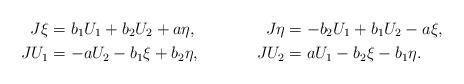
LaTeX: \begin{align*}J\xi & {}=b_1 U_1+b_2 U_2+a\eta,& J\eta & {}=-b_2U_1+b_1U_2-a\xi,\\JU_1 & {}=-a U_2-b_1 \xi+b_2\eta,& JU_2 & {}=a U_1-b_2 \xi-b_1\eta.\end{align*}